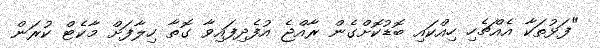
"ފަޅުތަކާ އެއްޗެހި ހިއްކައި ބޮޑުކޮށްގެން ރާއްޖެ އުފެދިފައިވާ ގޮތާ ހިލާފަށް މާކެޓް ކުރަން